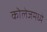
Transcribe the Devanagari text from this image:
कॊलेजमध्ये